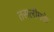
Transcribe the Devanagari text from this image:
तसलीमके